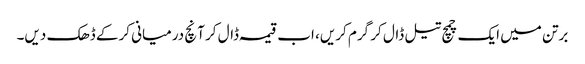
برتن میں ایک چمچ تیل ڈال کر گرم کریں، اب قیمہ ڈال کر آنچ درمیانی کرکے ڈھک دیں۔